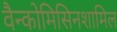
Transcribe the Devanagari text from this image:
वैन्कोमिसिनशामिल